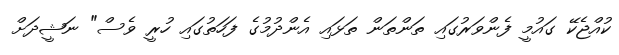
ކުއްޖެކޭ ގައުމީ ފެންވަރުގައި ތަންތަން ތަޅައި އެންދުމުގެ ފަހަތުގައި ހުރީ ވެސް" ނަޝީދަށް